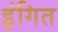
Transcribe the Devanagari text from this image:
इंगित